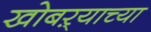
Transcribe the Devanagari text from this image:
खोबऱ्याच्या